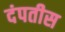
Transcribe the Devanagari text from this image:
दंपतीस